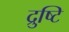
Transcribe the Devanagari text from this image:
द्रुष्टि